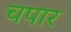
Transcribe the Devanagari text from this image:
चपार